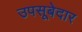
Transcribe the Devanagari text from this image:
उपसूबेदार